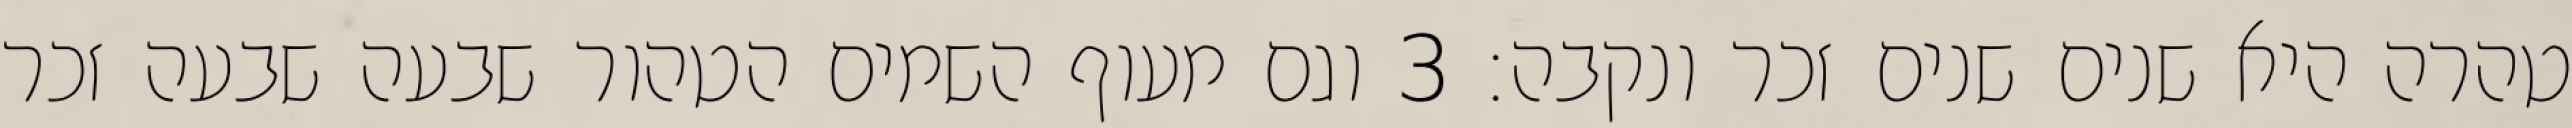
טהרה היא שנים שנים זכר ונקבה׃ ‎3‏ וגם מעוף השמים הטהור שבעה שבעה זכר